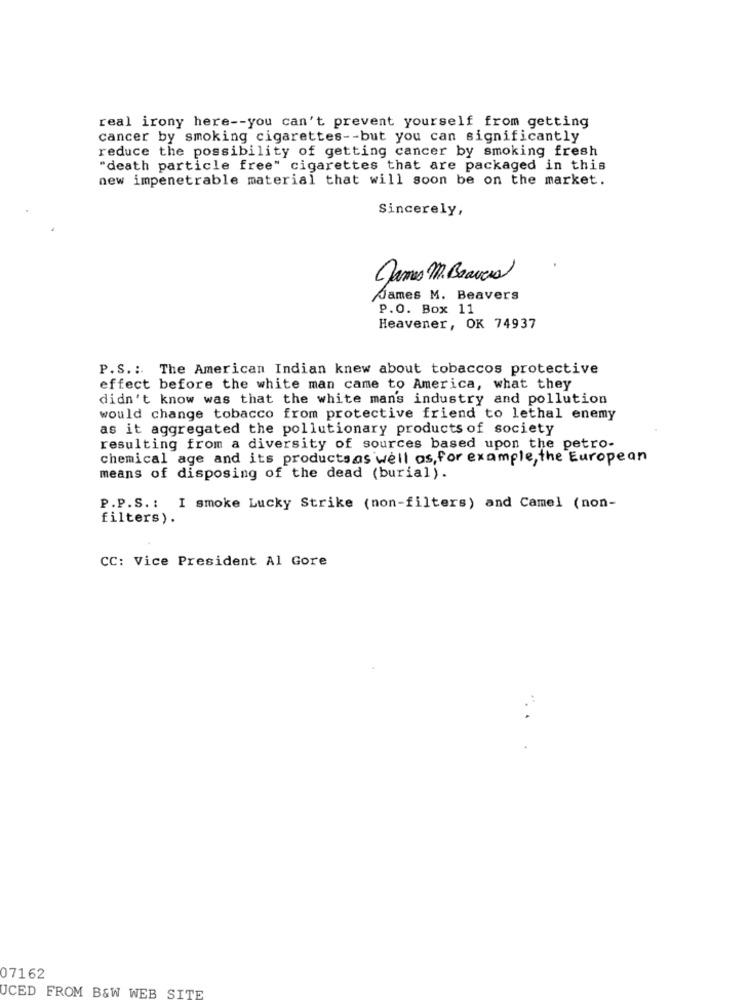
real irony here -- you can't prevent yourself from getting
cancer by smoking cigarettes -- but you can significantly
reduce the possibility of getting cancer by smoking fresh
"death particle free" cigarettes that are packaged in this
new impenetrable material that will soon be on the market.
Sincerely,
James M. Braves
James M. Beavers
P.O. Box 11
Heavener, OK 74937
P.S .: The American Indian knew about tobaccos protective
effect before the white man came to America, what they
didn't know was that the white mans industry and pollution
would change tobacco from protective friend to lethal enemy
as it aggregated the pollutionary products of society
resulting from a diversity of sources based upon the petro-
chemical age and its products as well as, for example, the European
means of disposing of the dead (burial).
P.P.S .: I smoke Lucky Strike (non-filters) and Camel (non-
filters).
CC: Vice President Al Gore
07162
UCED FROM B&W WEB SITE